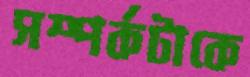
সম্পর্কটাকে